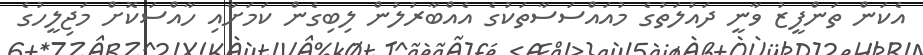
އެކަން ތަންފީޒު ވާނީ ދައުލަތުގެ މުއައްސަސާތަކުގެ އެއްބާރުލުން ލިބިގެން ކަމަށާއި ހާއްސަކޮށް މަޖިލީހުގެ